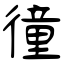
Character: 徸